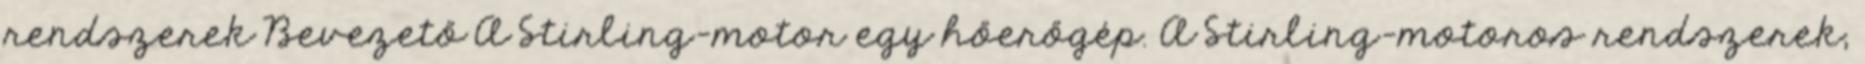
rendszerek Bevezető A Stirling-motor egy hőerőgép. A Stirling-motoros rendszerek,